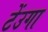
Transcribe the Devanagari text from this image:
टेंउगा